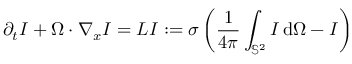
\partial _ { t } I + \Omega \cdot \nabla _ { x } I = L I : = \sigma \left( \frac { 1 } { 4 \pi } \int _ { \mathbb { S } ^ { 2 } } I \, \mathrm { d } \Omega - I \right)